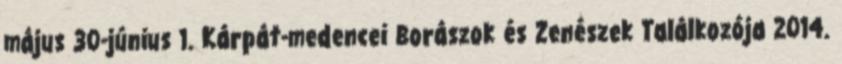
május 30-június 1. Kárpát-medencei Borászok és Zenészek Találkozója 2014.